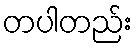
တပါတည်း